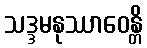
သဒ္ဒမနုဿာဝေန္တိ